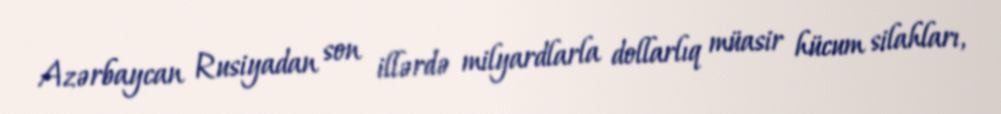
Azərbaycan Rusiyadan son illərdə milyardlarla dollarlıq müasir hücum silahları,